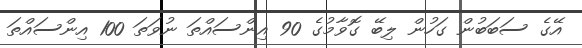
އޭގެ ސަބަބުން ގަހުން ލިބޭ ގޮވާމުގެ 90 އިންސައްތަ ނުވަތަ 100 އިންސައްތަ